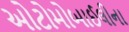
ઓટોમોબાઈલીના